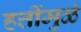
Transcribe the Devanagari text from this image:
हत्तींमुळं